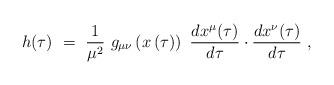
\begin{align*}h(\tau) \ = \ \frac{1}{\mu^2} \ g_{\mu\nu}\left(x\left(\tau\right)\right) \ \frac{dx^\mu(\tau)}{d\tau} \cdot\frac{dx^\nu(\tau)}{d\tau} \ ,\end{align*}